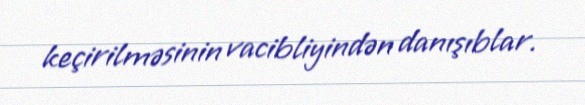
keçirilməsinin vacibliyindən danışıblar.